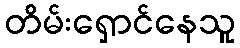
တိမ်းရှောင်နေသူ